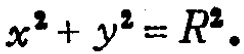
\(x^{2}+y^{2}=R^{2}\)